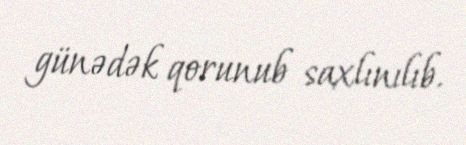
günədək qorunub saxlınılıb.